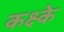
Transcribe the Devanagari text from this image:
कक्ष्के